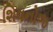
શિવનોજ